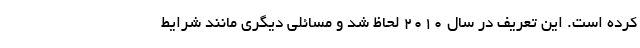
کرده است. این تعریف در سال 2010 لحاظ شد و مسائلی دیگری مانند شرایط